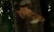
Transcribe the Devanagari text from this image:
हविट्जर